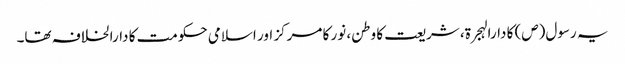
یہ رسول(ص) کا دارالہجرۃ، شریعت کا وطن، نور کا مرکز اور اسلامی حکومت کا دارالخلافہ تھا۔